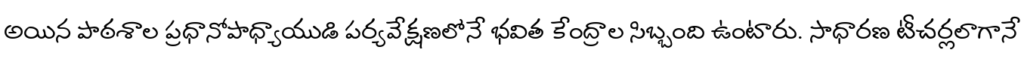
అయిన పాఠశాల ప్రధానోపాధ్యాయుడి పర్యవేక్షణలోనే భవిత కేంద్రాల సిబ్బంది ఉంటారు. సాధారణ టీచర్లలాగానే